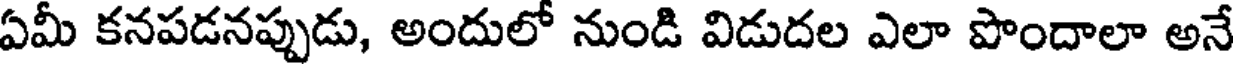
ఏమీ కనపడనప్పుడు, అందులో నుండి విడుదల ఎలా పొందాలా అనే